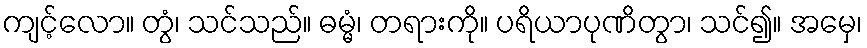
ကျင့်လော။ တွံ၊ သင်သည်။ ဓမ္မံ၊ တရားကို။ ပရိယာပုဏိတွာ၊ သင်၍။ အမှေ၊